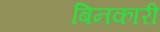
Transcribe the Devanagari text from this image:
बिनकारी